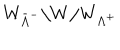
LaTeX: W _ { { \bar { \Lambda } } ^ { - } } \backslash W / W _ { \Lambda ^ { + } }